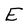
Character: E